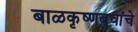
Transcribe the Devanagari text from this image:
बाळकृष्णबुवांचे